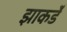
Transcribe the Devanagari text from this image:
झाकर्डे